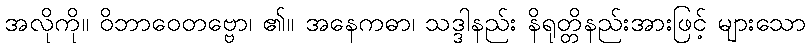
အလိုကို။ ဝိဘာဝေတဗ္ဗော၊ ၏။ အနေကဓာ၊ သဒ္ဒါနည်း နိရုတ္တိနည်းအားဖြင့် များသော